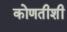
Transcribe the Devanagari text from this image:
कोणतीशी